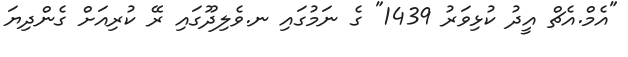
"އެމް.އެޗް އީދު ކުޅިވަރު 1439" ގެ ނަމުގައި ނ.ވެލިދޫގައި ރޭ ކުރިއަށް ގެންދިޔަ